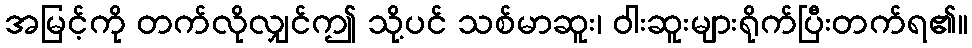
အမြင့်ကို တက်လိုလျှင်ဤ သို့ပင် သစ်မာဆူး၊ ဝါးဆူးများရိုက်ပြီးတက်ရ၏။